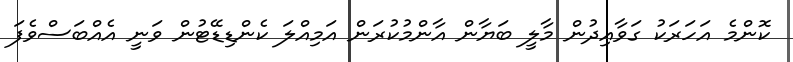
ކޮންމެ އަހަރަކު ގަވާއިދުން މާލީ ބަޔާން އާންމުކުރަން އަމިއްލަ ކެންޑިޑޭޓުން ވަނީ އެއްބަސްވެފަ